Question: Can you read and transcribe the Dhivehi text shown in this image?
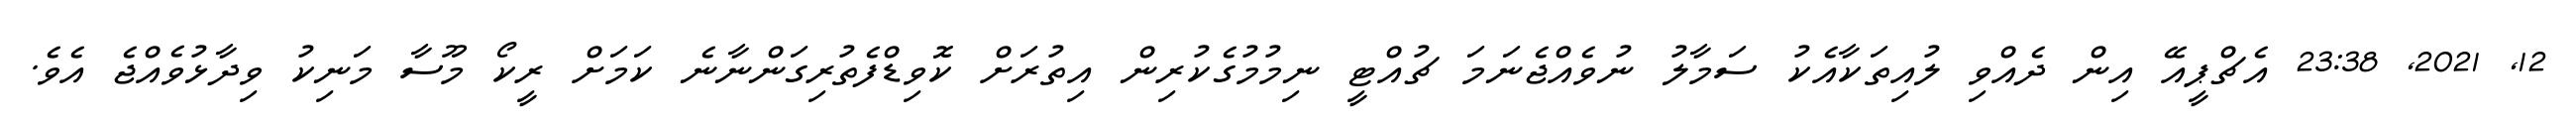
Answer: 12, 2021, 23:38 އެޗްޕީއޭ އިން ދެއްވި ލުއިތަކާއެކު ސަމާލު ނުވެއްޖެނަމަ ޗުއްޓީ ނިމުމުގެކުރިން އިތުރަށް ކޮވިޑްފެތުރިގަންނާނެ ކަމަށް ރީކޯ މޫސާ މަނިކު ވިދާޅުވެއްޖެ އެވެ.